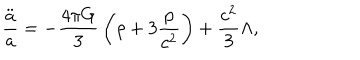
LaTeX: { \frac { \ddot { a } } { a } } = - { \frac { 4 \pi G } { 3 } } \left( \rho + 3 { \frac { p } { c ^ { 2 } } } \right) + { \frac { c ^ { 2 } } { 3 } } \Lambda ,